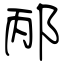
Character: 邴